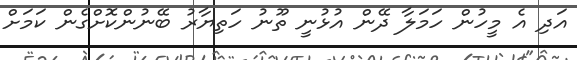
އަދި އެ މީހުން ހަމަލާ ދޭން އުޅުނީ ތޫނު ހަތިޔާރު ބޭނުންކޮށްގެން ކަމަށް